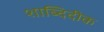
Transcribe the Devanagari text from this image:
शाब्दिदीक